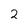
Character: 2